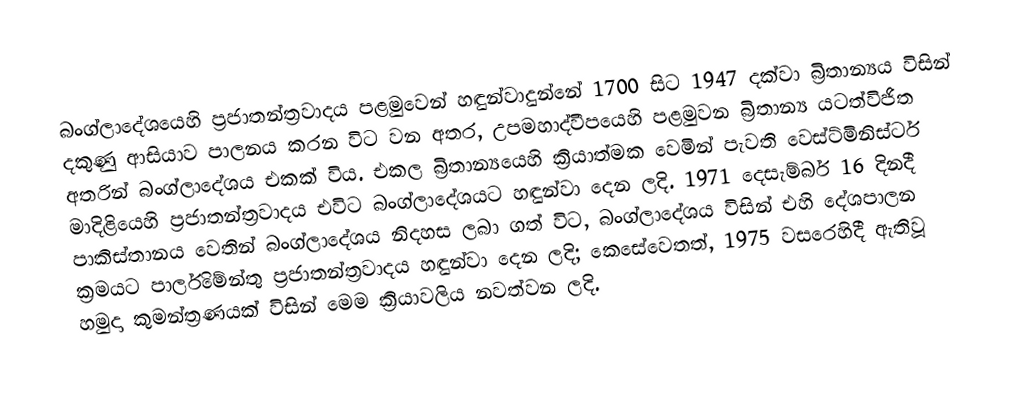
බංග්ලාදේශයෙහි ප්‍රජාතන්ත්‍රවාදය පළමුවෙන් හඳුන්වාදුන්නේ 1700 සිට 1947 දක්වා බ්‍රිතාන්‍යය විසින් දකුණු ආසියාව පාලනය කරන විට වන අතර, උපමහාද්වීපයෙහි පළමුවන බ්‍රිතාන්‍ය යටත්විජිත අතරින් බංග්ලාදේශය එකක් විය. එකල බ්‍රිතාන්‍යයෙහි ක්‍රියාත්මක වෙමින් පැවති වෙස්ට්මිනිස්ටර් මාදිළියෙහි ප්‍රජාතන්ත්‍රවාදය එවිට බංග්ලාදේශයට හඳුන්වා දෙන ලදි. 1971 දෙසැම්බර් 16 දිනදී පාකිස්තානය වෙතින් බංග්ලාදේශය නිදහස ලබා ගත් විට, බංග්ලාදේශය විසින් එහි දේශපාලන ක්‍රමයට පාර්ලිමේන්තු ප්‍රජාතන්ත්‍රවාදය හඳුන්වා දෙන ලදි; කෙසේවෙතත්, 1975 වසරෙහිදී ඇතිවූ හමුදා කුමන්ත්‍රණයක් විසින් මෙම ක්‍රියාවලිය නවත්වන ලදි.